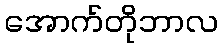
အောက်တိုဘာလ